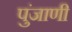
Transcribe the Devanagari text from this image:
पुंजाणी